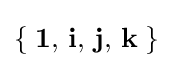
\left\{\;\mathbf {1} ,\,\mathbf {i} ,\,\mathbf {j} ,\,\mathbf {k} \;\right\}